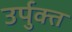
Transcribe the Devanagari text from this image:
उर्पुक्त